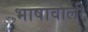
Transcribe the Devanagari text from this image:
भाषावाली